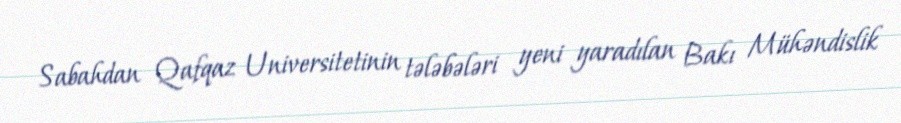
Sabahdan Qafqaz Universitetinin tələbələri yeni yaradılan Bakı Mühəndislik